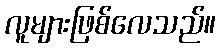
လူများဖြစ်လေသည်။